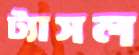
ট্যাসল